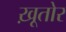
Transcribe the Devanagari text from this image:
ख़ूतोर